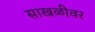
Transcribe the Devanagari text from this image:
साखळीवर